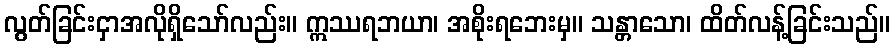
လွတ်ခြင်းငှာအလိုရှိသော်လည်း။ ဣဿရဘယာ၊ အစိုးရဘေးမှ။ သန္တာသော၊ ထိတ်လန့်ခြင်းသည်။